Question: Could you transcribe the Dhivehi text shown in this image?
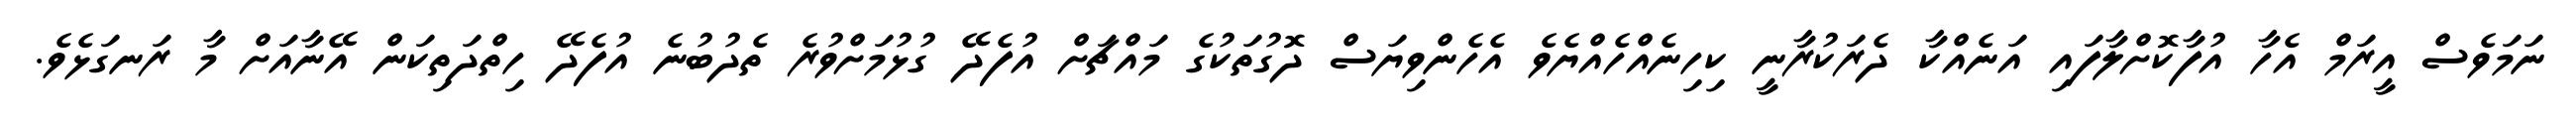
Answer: ނަމަވެސް އީރަމް އެހާ އުފާކޮށްލާފައި އަނެއްކާ ދެރަކުރާނީ ކިހިނެއްހެއްޔެވެ އެހެންވިޔަސް ދޮގުތަކުގެ މައްޗަށް އުފެދޭ ގުޅުމަށްވުރެ ތެދުބުނެ އުފެދޭ ހިތްދަތިކަން އޭނާއަށް މާ ރަނގަޅެވެ.